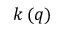
k \, ( q )